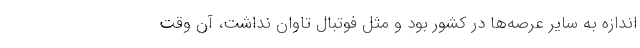
اندازه به سایر عرصه‌ها در کشور بود و مثل فوتبال تاوان نداشت، آن وقت